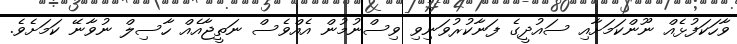
ވާހަކަފުޅެއް ނޫންކަމަށާއި ސައުދީގެ ފަނާކުރުވަނިވި ވިސްނުމުން އެއްވެސް ނަތީޖާއެއް ހާސިލް ނުވާނޭ ކަމަށެވެ.